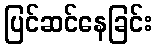
ပြင်ဆင်နေခြင်း